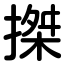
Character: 搩